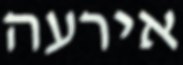
אירעה